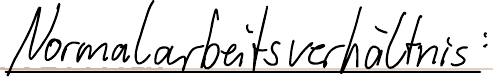
Normalarbeitsverhältnis: